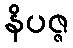
နိပဇ္ဇ